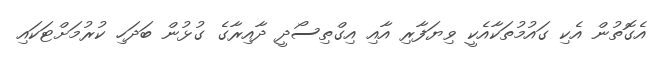
އެގޮތުން އެކި ގައުމުތަކާއެކީ ވިޔަފާރި އާއި އިގްތިސޯދީ ދާއިރާގެ ގުޅުން ބަދަހި ކުރުމަށްޓަކައި